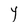
Character: Y